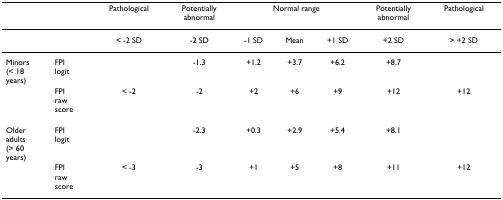
|  |  | Pathological | Potentially abnormal | <COLSPAN=3> Normal range | Potentially abnormal | Pathological |
 | --- | --- | --- | --- | --- | --- | --- | --- | --- |
 |  |  | < -2 SD | -2 SD | -1 SD | Mean | +1 SD | +2 SD | > +2 SD |
 | Minors(< 18years) | FPI logit |  | -1.3 | +1.2 | +3.7 | +6.2 | +8.7 |  |
 |  | FPIrawscore | < -2 | -2 | +2 | +6 | +9 | +12 | +12 |
 | Olderadults(> 60years) | FPI logit |  | -2.3 | +0.3 | +2.9 | +5.4 | +8.1 |  |
 |  | FPIrawscore | < -3 | -3 | +1 | +5 | +8 | +11 | +12 |